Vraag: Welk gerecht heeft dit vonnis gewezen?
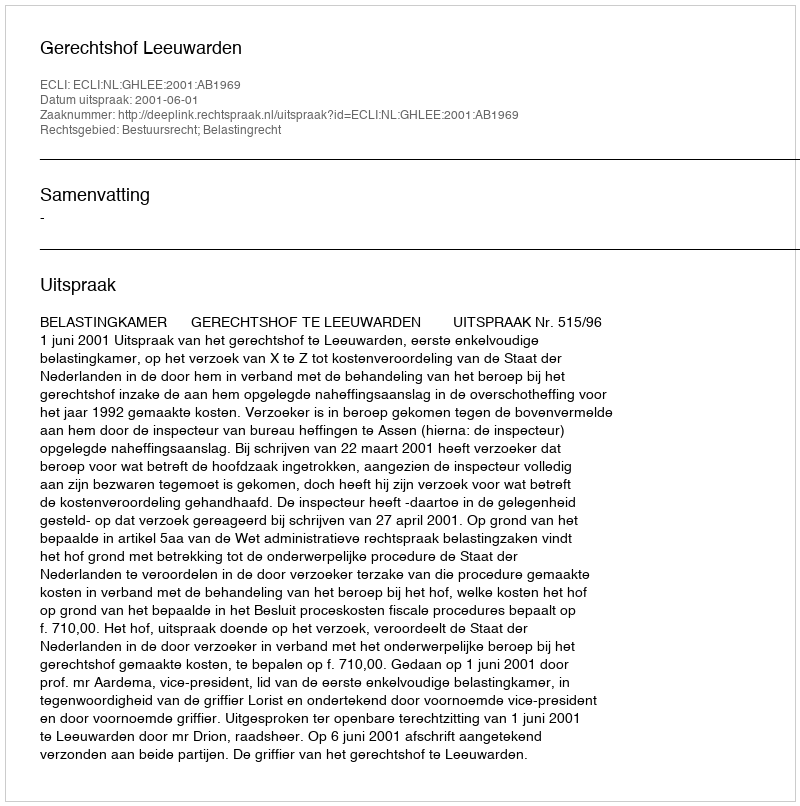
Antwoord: Gerechtshof Leeuwarden